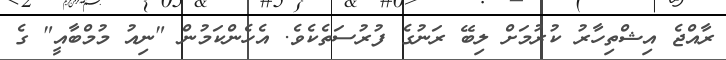
ރާއްޖެ އިޝްތިހާރު ކުރުމަށް ލިބޭ ރަނުގެ ފުރުސަތެކެވެ. އެހެންކަމުން "ނިއު މުމްބާއީ" ގެ